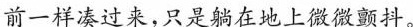
前一样凑过来，只是躺在地上微微颤抖。